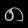
Digit: ၈